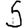
Digit: 5